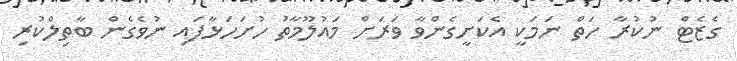
ގެޒެޓް ނުކުރާ ހަތް ނަމަކީ އެކަށީގެންވާ ވަރަށް މައުލޫމާތު ހުށަހަޅާފައި ނުވެގެން ބާތިލްކުރި